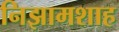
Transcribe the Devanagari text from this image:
निझामशाह